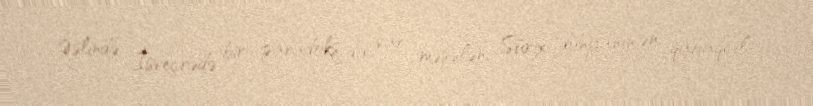
Əslində İsveçrədə bir paradoks da var: məsələn, Sürix dünyanın ən qabaqcıl